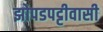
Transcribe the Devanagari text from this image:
झोपडपट्टीवासी